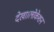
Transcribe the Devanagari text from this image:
देखा।लोकेशन